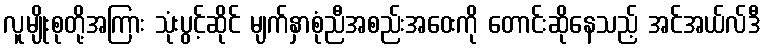
လူမျိုးစုတို့အကြား သုံးပွင့်ဆိုင် မျက်နှာစုံညီအစည်းအဝေးကို တောင်းဆိုနေသည့် အင်အယ်လ်ဒီ